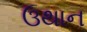
ઉથાન